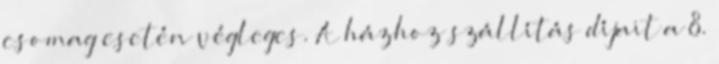
csomag esetén végleges. A házhoz szállítás díjait a 8.